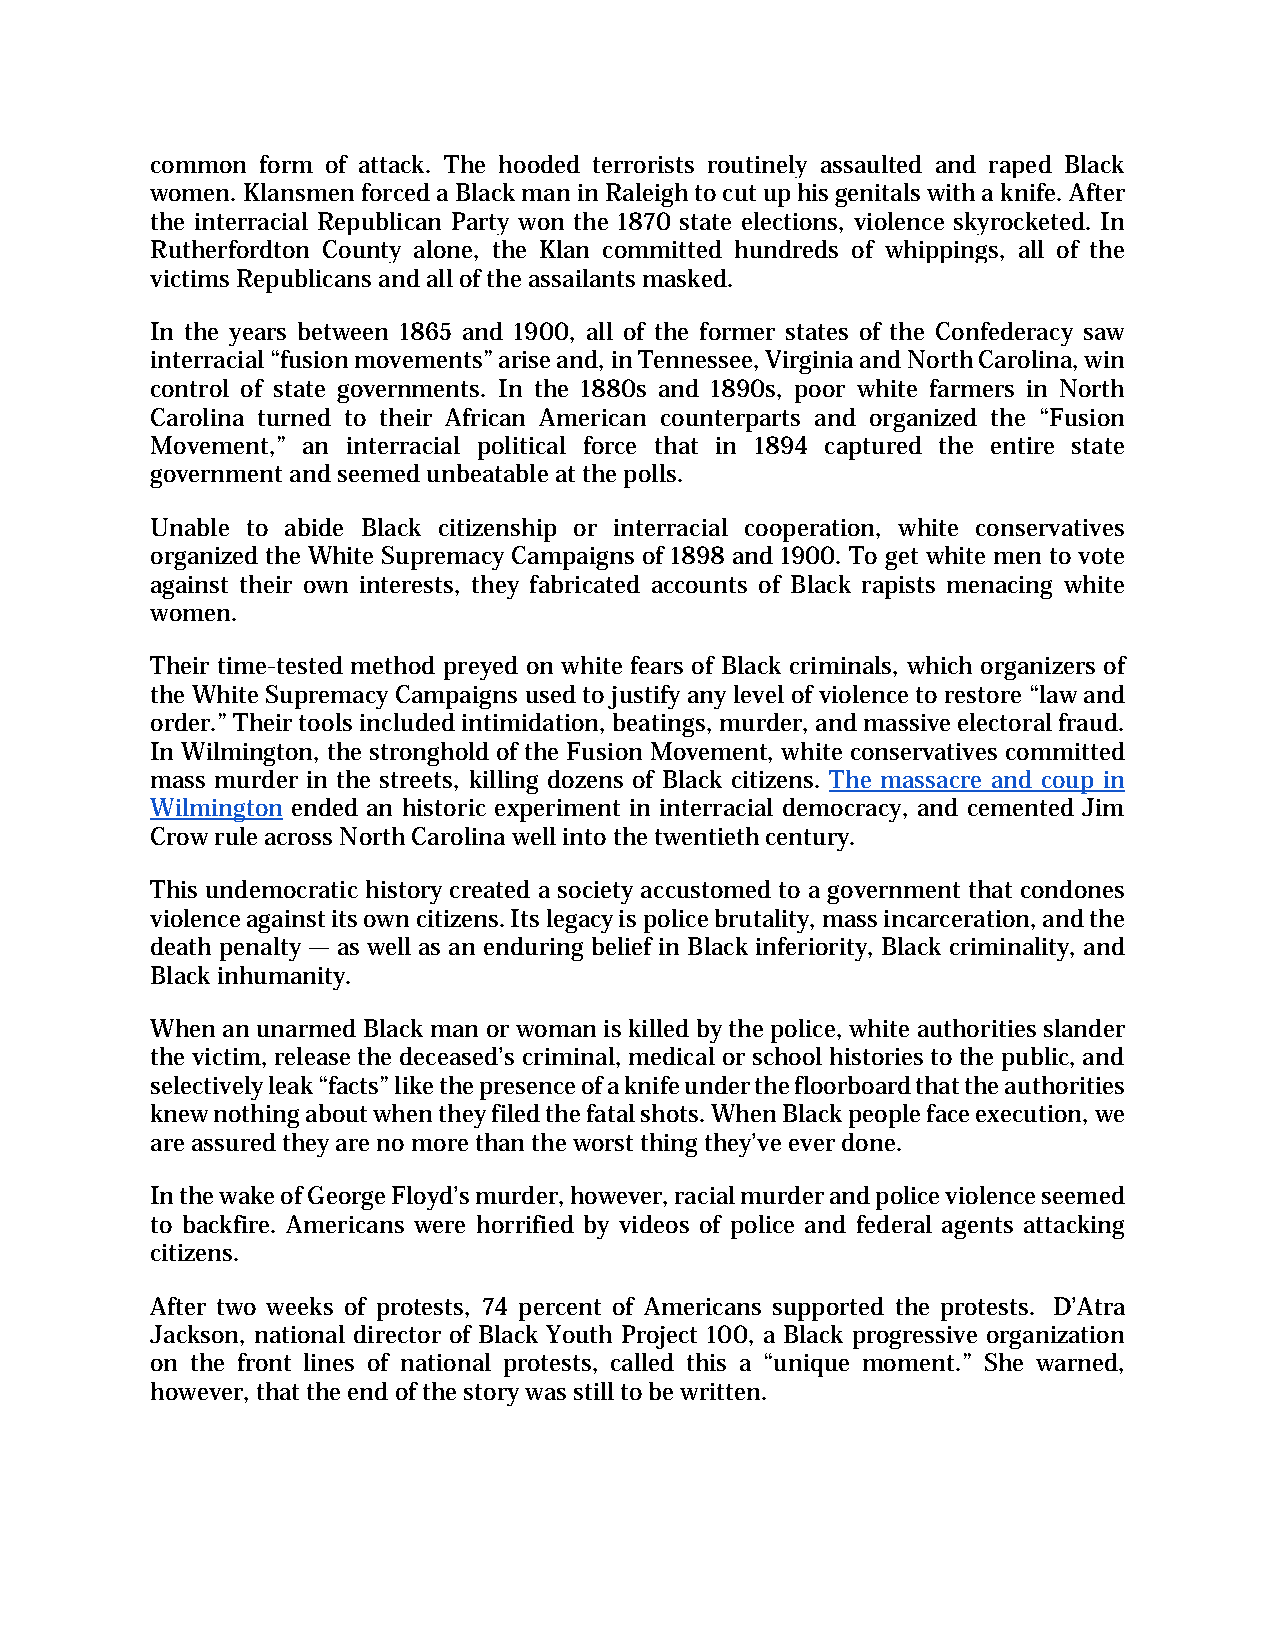
common form of attack. The hooded terrorists routinely assaulted and raped Black
 women. Klansmen forced a Black man in Raleigh to cut up his genitals with a knife. After
 the interracial Republican Party won the 1870 state elections, violence skyrocketed. In
 Rutherfordton County alone, the Klan committed hundreds of whippings, all of the
 victims Republicans and all of the assailants masked.
 In the years between 1865 and 1900, all of the former states of the Confederacy saw
 interracial “fusion movements” arise and, in Tennessee, Virginia and North Carolina, win
 control of state governments. In the 1880s and 1890s, poor white farmers in North
 Carolina turned to their African American counterparts and organized the “Fusion
 Movement,” an interracial political force that in 1894 captured the entire state
 government and seemed unbeatable at the polls.
 Unable to abide Black citizenship or interracial cooperation, white conservatives
 organized the White Supremacy Campaigns of 1898 and 1900. To get white men to vote
 against their own interests, they fabricated accounts of Black rapists menacing white
 women.
 Their time-tested method preyed on white fears of Black criminals, which organizers of
 the White Supremacy Campaigns used to justify any level of violence to restore “law and
 order.” Their tools included intimidation, beatings, murder, and massive electoral fraud.
 In Wilmington, the stronghold of the Fusion Movement, white conservatives committed
 mass murder in the streets, killing dozens of Black citizens. The massacre and coup in
 Wilmington ended an historic experiment in interracial democracy, and cemented Jim
 Crow rule across North Carolina well into the twentieth century.
 This undemocratic history created a society accustomed to a government that condones
 violence against its own citizens. Its legacy is police brutality, mass incarceration, and the
 death penalty — as well as an enduring belief in Black inferiority, Black criminality, and
 Black inhumanity.
 When an unarmed Black man or woman is killed by the police, white authorities slander
 the victim, release the deceased’s criminal, medical or school histories to the public, and
 selectively leak “facts” like the presence of a knife under the floorboard that the authorities
 knew nothing about when they filed the fatal shots. When Black people face execution, we
 are assured they are no more than the worst thing they’ve ever done.
 In the wake of George Floyd’s murder, however, racial murder and police violence seemed
 to backfire. Americans were horrified by videos of police and federal agents attacking
 citizens.
 After two weeks of protests, 74 percent of Americans supported the protests. D’Atra
 Jackson, national director of Black Youth Project 100, a Black progressive organization
 on the front lines of national protests, called this a “unique moment.” She warned,
 however, that the end of the story was still to be written.